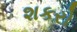
શકરો